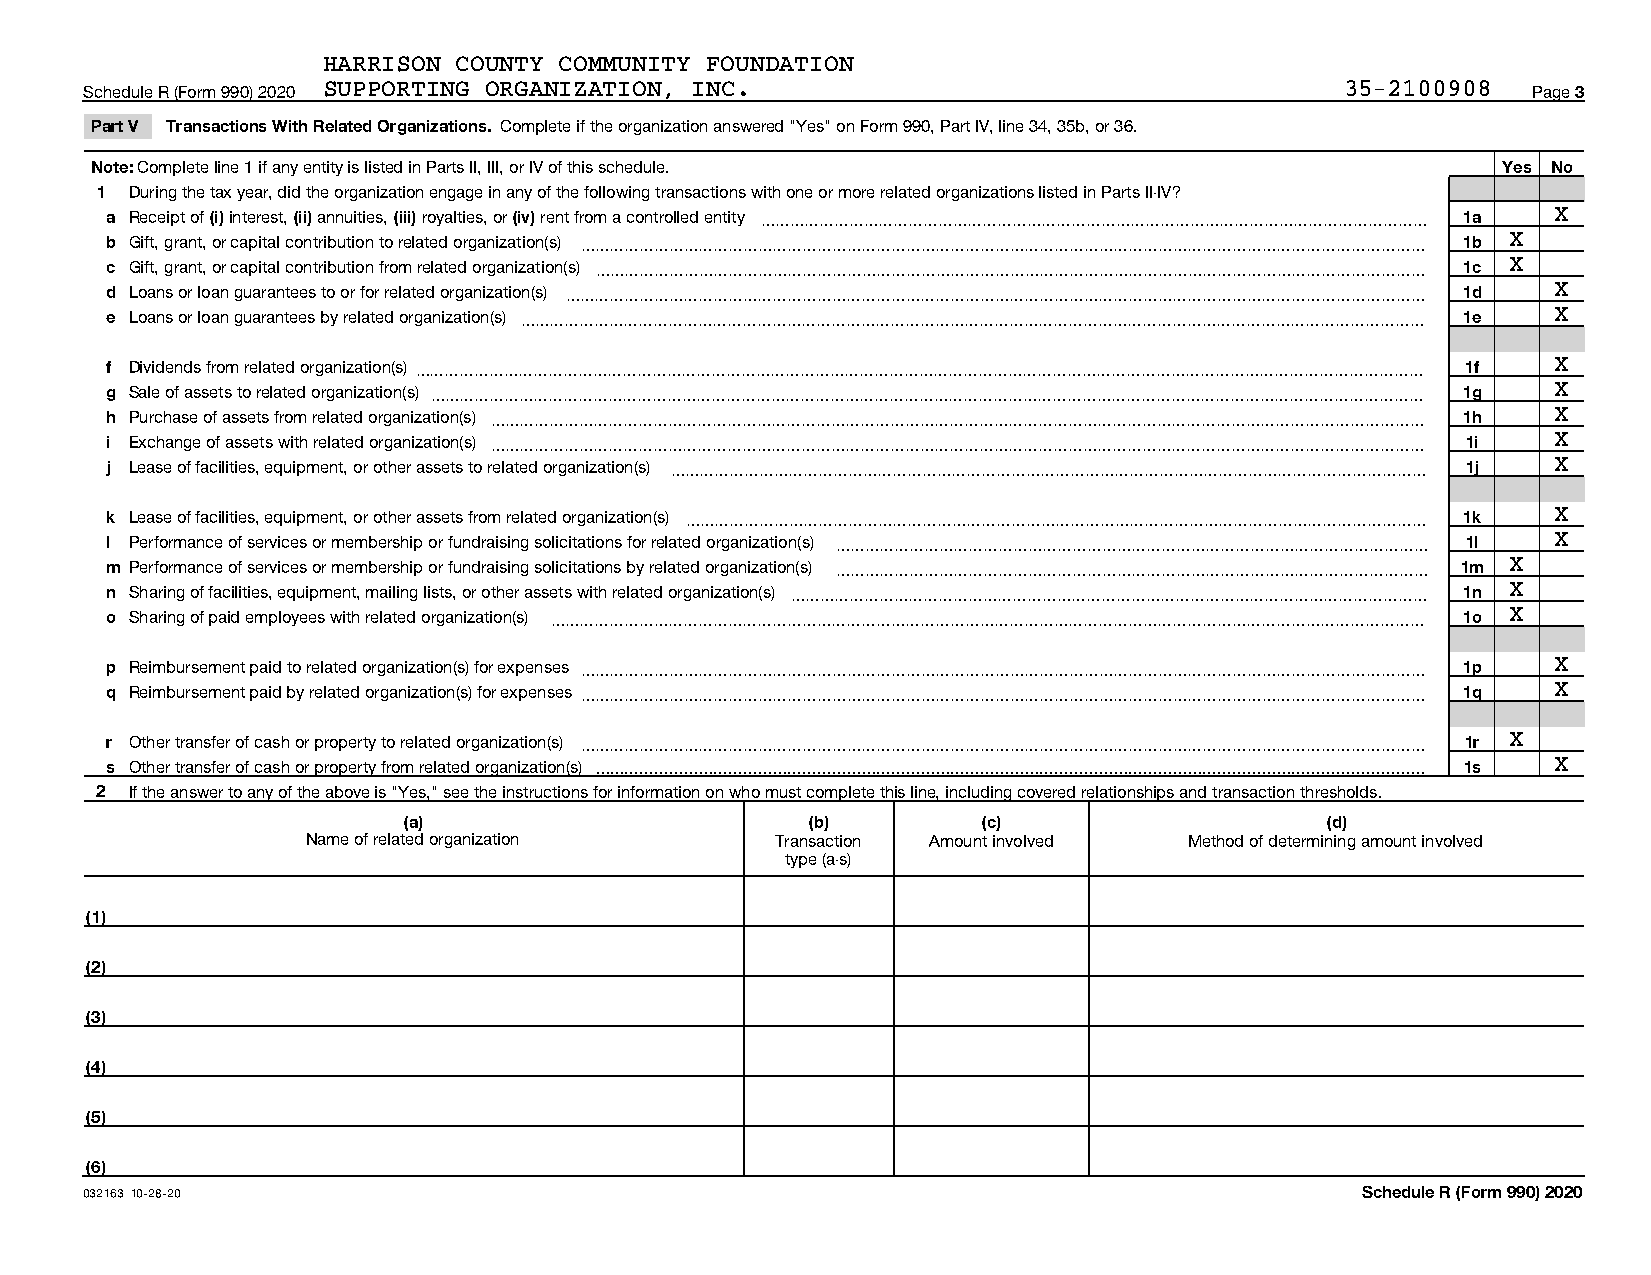
HARRISON COUNTY COMMUNITY FOUNDATION
 Schedule R (Form 990) 2020 SUPPORTING ORGANIZATION, INC.                           35-2100908  Page 3
 Part V Transactions With Related Organizations. Complete if the organization answered "Yes" on Form 990, Part IV, line 34, 35b, or 36.
 Note: Complete line 1 if any entity is listed in Parts II, III, or IV of this schedule.      Yes No
 1  During the tax year, did the organization engage in any of the following transactions with one or more related organizations listed in Parts II-IV?
 a Receipt of (i) interest, (ii) annuities, (iii) royalties, or (iv) rent from a controlled entity ~~~~~~~~~~~~~~~~~~~~~~~~~~~~~~~~~~~~~~~~~~~~~ 1a X
 b Gift, grant, or capital contribution to related organization(s) ~~~~~~~~~~~~~~~~~~~~~~~~~~~~~~~~~~~~~~~~~~~~~~~~~~~~~~~~~ 1b X
 c Gift, grant, or capital contribution from related organization(s) ~~~~~~~~~~~~~~~~~~~~~~~~~~~~~~~~~~~~~~~~~~~~~~~~~~~~~~~~ 1c X
 d Loans or loan guarantees to or for related organization(s) ~~~~~~~~~~~~~~~~~~~~~~~~~~~~~~~~~~~~~~~~~~~~~~~~~~~~~~~~~~ 1d X
 e Loans or loan guarantees by related organization(s) ~~~~~~~~~~~~~~~~~~~~~~~~~~~~~~~~~~~~~~~~~~~~~~~~~~~~~~~~~~~~~ 1e X
 f Dividends from related organization(s)~~~~~~~~~~~~~~~~~~~~~~~~~~~~~~~~~~~~~~~~~~~~~~~~~~~~~~~~~~~~~~~~~~~~ 1f X
 g Sale of assets to related organization(s) ~~~~~~~~~~~~~~~~~~~~~~~~~~~~~~~~~~~~~~~~~~~~~~~~~~~~~~~~~~~~~~~~~~~ 1g X
 h Purchase of assets from related organization(s) ~~~~~~~~~~~~~~~~~~~~~~~~~~~~~~~~~~~~~~~~~~~~~~~~~~~~~~~~~~~~~~~ 1h X
 i Exchange of assets with related organization(s) ~~~~~~~~~~~~~~~~~~~~~~~~~~~~~~~~~~~~~~~~~~~~~~~~~~~~~~~~~~~~~~~ 1i X
 j Lease of facilities, equipment, or other assets to related organization(s) ~~~~~~~~~~~~~~~~~~~~~~~~~~~~~~~~~~~~~~~~~~~~~~~~~~~ 1j X
 k Lease of facilities, equipment, or other assets from related organization(s) ~~~~~~~~~~~~~~~~~~~~~~~~~~~~~~~~~~~~~~~~~~~~~~~~~~ 1k X
 l Performance of services or membership or fundraising solicitations for related organization(s) ~~~~~~~~~~~~~~~~~~~~~~~~~~~~~~~~~~~~~~~~ 1l X
 m Performance of services or membership or fundraising solicitations by related organization(s) ~~~~~~~~~~~~~~~~~~~~~~~~~~~~~~~~~~~~~~~~ 1m X
 n Sharing of facilities, equipment, mailing lists, or other assets with related organization(s) ~~~~~~~~~~~~~~~~~~~~~~~~~~~~~~~~~~~~~~~~~~~ 1n X
 o Sharing of paid employees with related organization(s) ~~~~~~~~~~~~~~~~~~~~~~~~~~~~~~~~~~~~~~~~~~~~~~~~~~~~~~~~~~~ 1o X
 p Reimbursement paid to related organization(s) for expenses ~~~~~~~~~~~~~~~~~~~~~~~~~~~~~~~~~~~~~~~~~~~~~~~~~~~~~~~~~ 1p X
 q Reimbursement paid by related organization(s) for expenses ~~~~~~~~~~~~~~~~~~~~~~~~~~~~~~~~~~~~~~~~~~~~~~~~~~~~~~~~~ 1q X
 r Other transfer of cash or property to related organization(s) ~~~~~~~~~~~~~~~~~~~~~~~~~~~~~~~~~~~~~~~~~~~~~~~~~~~~~~~~~ 1r X
 s Other transfer of cash or property from related organization(s)  1s X
 2  If the answer to any of the above is "Yes," see the instructions for information on who must complete this line, including covered relationships and transaction thresholds.
 (a)                        (b)        (c)                    (d)
 Name of related organization   Transaction Amount involved Method of determining amount involved
 type (a-s)
 (1)
 (2)
 (3)
 (4)
 (5)
 (6)
 032163 10-28-20                                                                     Schedule R (Form 990) 2020